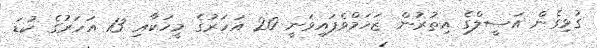
ގުޅިގެން އަސީލްގެ އިތުރުން ޒަހަމްވެފައިވަނީ 20 އަހަރުގެ މީހަކާއި 13 އަހަރުގެ ކުޑަ